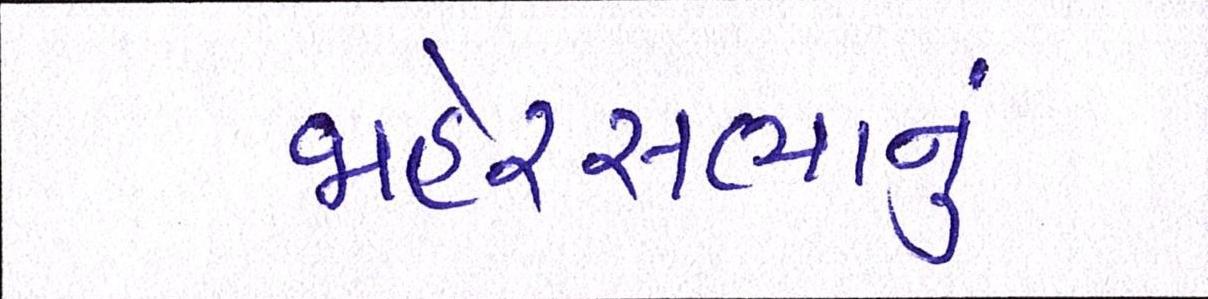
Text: જાહેરસભાનું